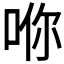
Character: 𪡇